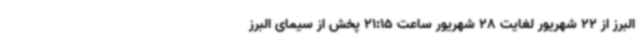
البرز از 22 شهریور لغایت 28 شهریور ساعت 21:15 پخش از سیمای البرز